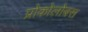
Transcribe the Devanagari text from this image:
प्रोकोलोबस